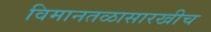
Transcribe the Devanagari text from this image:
विमानतळासारखीच